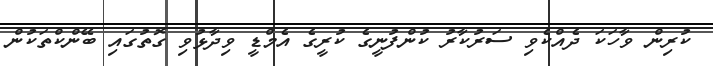
ކުރިން ވާހަކަ ދެއްކެވި ސަރުކާރު ކުންފުނީގެ ކުރީގެ އެމްޑީ ވިދާޅުވި ގޮތުގައި ބޭންކްތަކުން